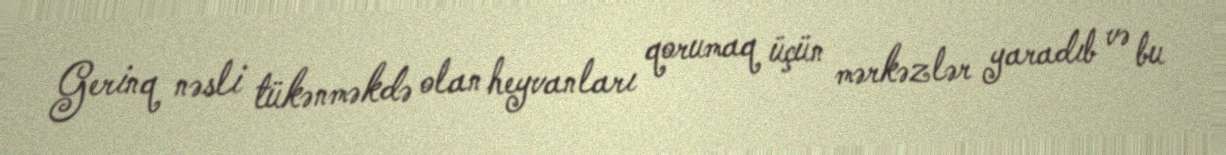
Gerinq nəsli tükənməkdə olan heyvanları qorumaq üçün mərkəzlər yaradıb və bu